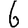
Digit: 6